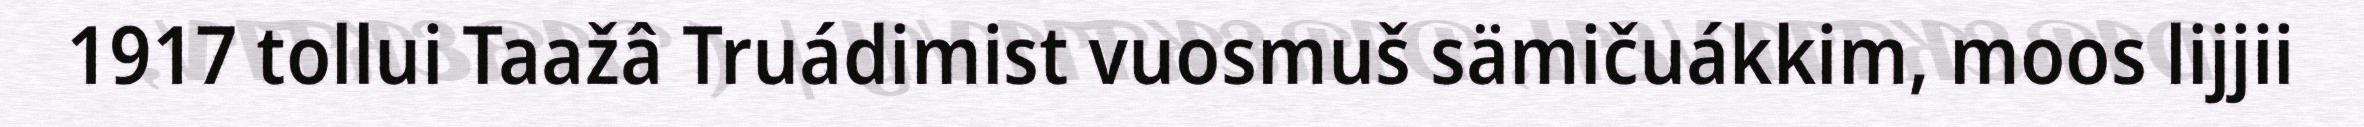
1917 tollui Taažâ Truádimist vuosmuš sämičuákkim, moos lijjii